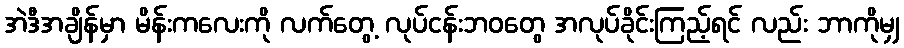
အဲဒီအချိန်မှာ မိန်းကလေးကို လက်တွေ့ လုပ်ငန်းဘဝတွေ အလုပ်ခိုင်းကြည့်ရင် လည်း ဘာကိုမျှ